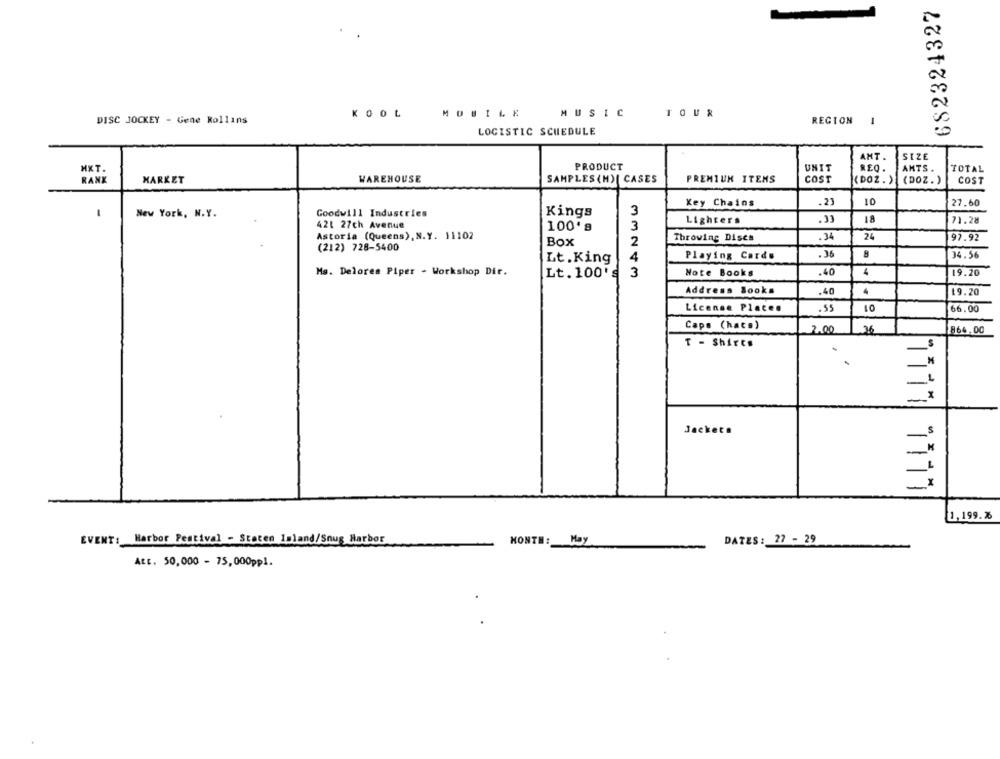
682324327
KOOL
MOBILE
MUSIC
TOUR
DISC JOCKEY - Gene Rollins
REGION 1
LOGISTIC SCHEDULE
ANT.
SIZE
HXT.
PRODUCT
UNIT
REQ.
AMTS.
TOTAL
RANK
MARKET
WAREHOUSE
SAMPLES (H)| CASES
PREMIUM ITEMS
COST
(DOZ. )
(DOZ. )
COST
Key Chains
.21
10
27.60
1
Goodwill Industries
Kings
3
New York, N.Y.
Lighters
18
71.28
421 27ch Avenue
100's
3
Astoria (Queens), N.Y. 11102
.34
24
Box
2
Throwing Discs
97.92
(212) 728-5400
4
Playing Cards
.36
34.56
Lt.King
Ms. Delores Piper - Workshop Dir.
Lt. 100's
3
Note Books
.40
4
19.20
Address Books
.40
19.20
License Place.
.55
66,00
Caps (hats)
2.00
36
864.00
T - Shirts
Jackets
1177 7777
1,199.76
DATES: 27 - 29
EVENT: Harbor Festival - Staten Island/Snus Harbor
MONTH: May
Att. 50,000 - 75,000ppl.